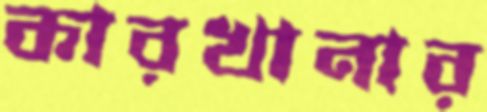
কারখানার